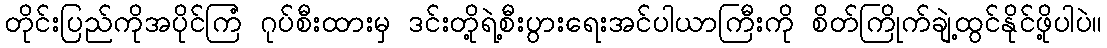
တိုင်းပြည်ကိုအပိုင်ကြံ ဂုပ်စီးထားမှ ဒင်းတို့ရဲ့စီးပွားရေးအင်ပါယာကြီးကို စိတ်ကြိုက်ချဲ့ထွင်နိုင်ဖို့ပါပဲ။